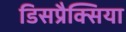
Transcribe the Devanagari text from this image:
डिसप्रैक्सिया